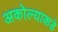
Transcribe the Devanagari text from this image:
अकोल्याकडे